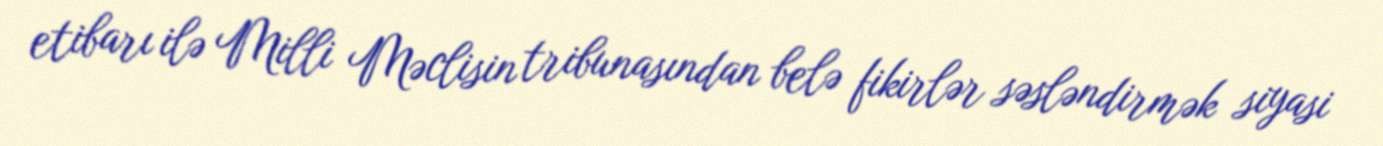
etibarı ilə Milli Məclisin tribunasından belə fikirlər səsləndirmək siyasi